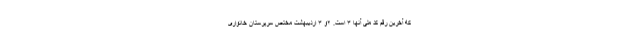
که آخرین رقم کد ملی آنها ۳ است. ۲و ۳ اردیبهشت مختص سرپرستان خانواری